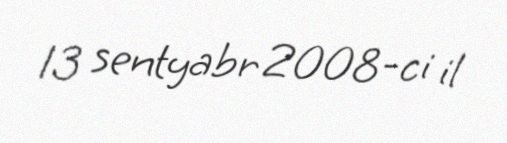
13 sentyabr 2008-ci il